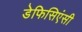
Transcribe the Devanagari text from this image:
डेफिसिएंसी